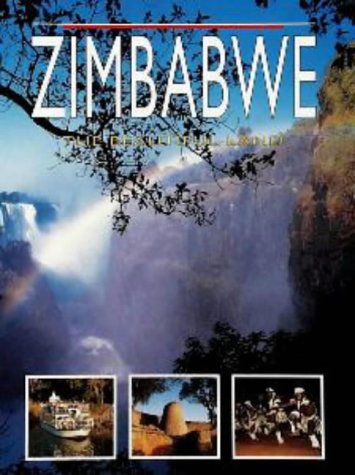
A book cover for Zimbabwe: the Beautiful Land; Peter Joyce; Travel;